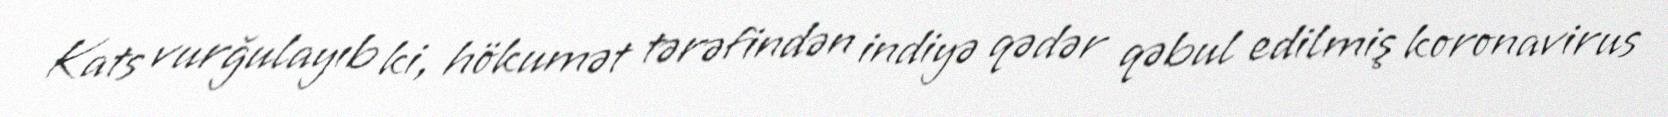
Kats vurğulayıb ki, hökumət tərəfindən indiyə qədər qəbul edilmiş koronavirus